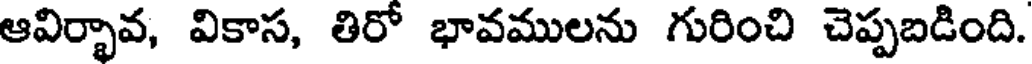
ఆవిర్భావ, వికాస, తిరో భావములను గురించి చెప్పబడింది.